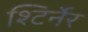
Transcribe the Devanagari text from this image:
श्टिर्नेर